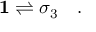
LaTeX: \mathbf { 1 } \rightleftharpoons \sigma _ { 3 } \quad .